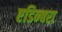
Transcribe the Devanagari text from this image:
एडिन्बरा